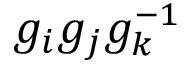
g _ { i } g _ { j } g _ { k } ^ { - 1 }